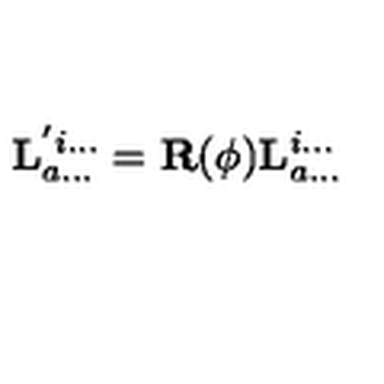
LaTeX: \mathbf { L } _ { a . . . } ^ { ' i . . . } = \mathbf { R } ( \phi ) \mathbf { L } _ { a . . . } ^ { i . . . }